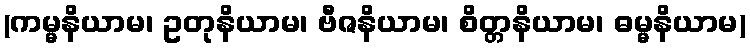
(ကမ္မနိယာမ၊ ဥတုနိယာမ၊ ဗီဇနိယာမ၊ စိတ္တနိယာမ၊ ဓမ္မနိယာမ)